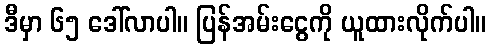
ဒီမှာ ၆၅ ဒေါ်လာပါ။ ပြန်အမ်းငွေကို ယူထားလိုက်ပါ။